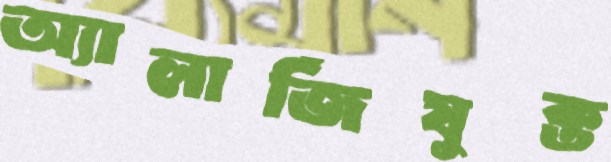
অ্যালার্জিযুক্ত